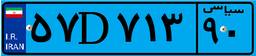
۵۷D۷۱۳۹۰